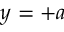
y = + a